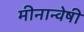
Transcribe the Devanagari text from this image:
मीनान्वेषी